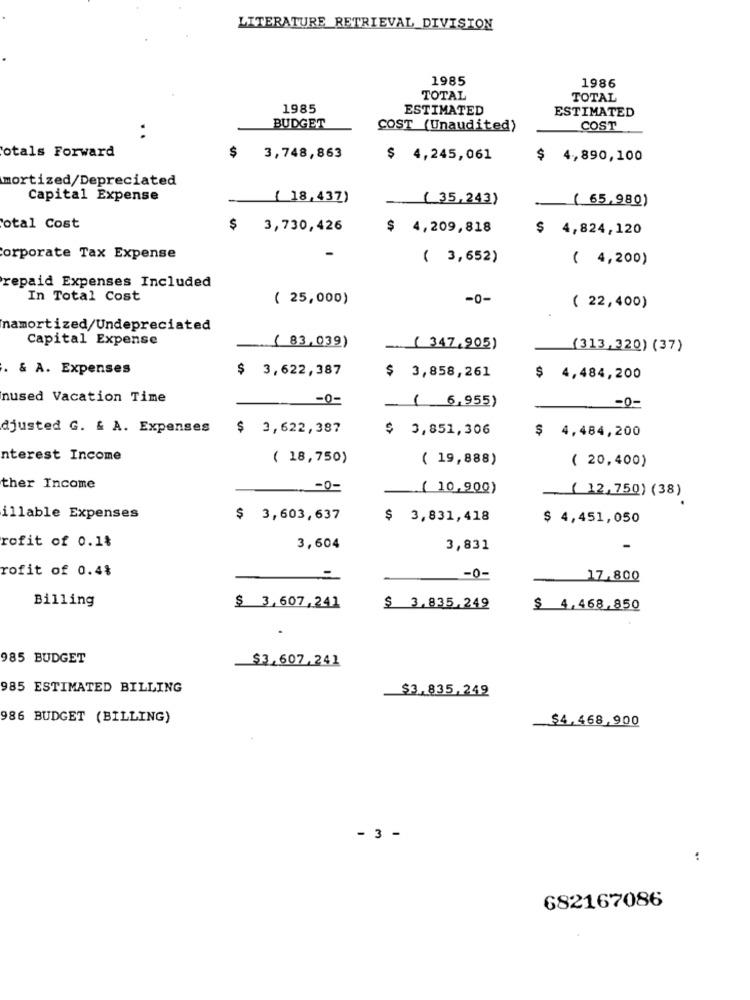
LITERATURE RETRIEVAL DIVISION
1985
1986
TOTAL
TOTAL
1985
ESTIMATED
ESTIMATED
BUDGET
COST (Unaudited)
COST
otals Forward
$ 3,748,863
$ 4,245,061
$ 4,890,100
mortized/Depreciated
Capital Expense
{ 18,437)
( 35,243)
( 65,980)
otal Cost
$ 3,730,426
$ 4,209,818
$ 4,824,120
-
Corporate Tax Expense
( 3,652)
( 4,200)
repaid Expenses Included
In Total Cost
( 25,000)
-0-
( 22,400)
namortized/Undepreciated
Capital Expense
( 83,039)
( 347,905)
(313,320) (37)
. & A. Expenses
$ 3,622,387
$ 3,858,261
$ 4,484,200
nused Vacation Time
( 6,955)
-0-
-0-
djusted G. & A. Expenses
$ 2,622,387
$ 3,851,306
$ 4,484,200
nterest Income
( 18,750)
( 19,888)
( 20,400)
ther Income
-0-
( 10,900)
( 12,750) (38)
illable Expenses
$ 3,603,637
$ 3,831,418
$ 4,451,050
rofit of 0.1%
3,604
3,831
rofit of 0.4%
-0-
17.800
Billing
$ 3,507,241
$ 3.835.249
$ 4,468,850
.
985 BUDGET
$3,607,241
985 ESTIMATED BILLING
$3,835,249
986 BUDGET (BILLING)
$4.468.900
- 3 -
..
682167086